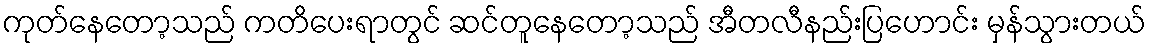
ကုတ်နေတော့သည် ကတိပေးရာတွင် ဆင်တူနေတော့သည် အီတလီနည်းပြဟောင်း မှန်သွားတယ်